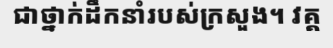
ជាថ្នាក់ដឹកនាំរបស់ក្រសួង។ វគ្គ